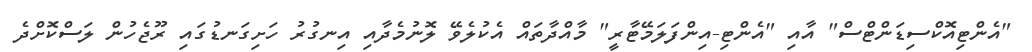
"އެންޓިއޮކްސިޑަންޓްސް" އާއި "އެންޓި-އިންފަލަމޭޓާރީ" މާއްދާތައް އެކުލެވޭ ލޮނުމެދާއި އިނގުރު ހަށިގަނޑުގައި ރޫޖެހުން ލަސްކޮށްދެ